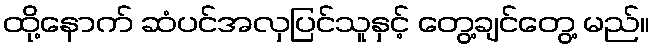
ထို့နောက် ဆံပင်အလှပြင်သူနှင့် တွေ့ချင်တွေ့ မည်။